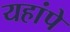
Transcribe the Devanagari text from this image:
यहांपे